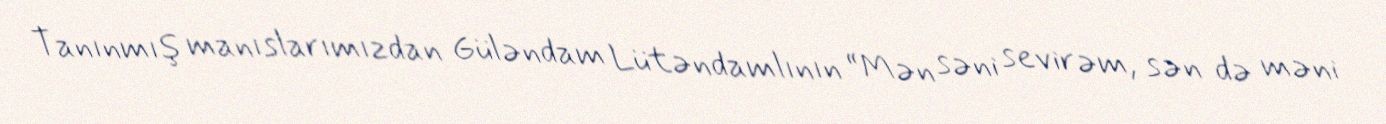
Tanınmış manıslarımızdan Güləndam Lütəndamlının “Mən səni sevirəm, sən də məni